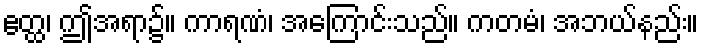
ဧတ္ထ၊ ဤအရာ၌။ ကာရဏံ၊ အကြောင်းသည်။ ကတမံ၊ အဘယ်နည်း။